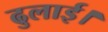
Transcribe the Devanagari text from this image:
ढुलाई।